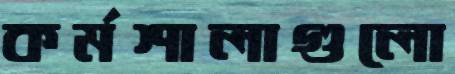
কর্মশালাগুলো